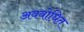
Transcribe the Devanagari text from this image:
अवबोधित